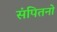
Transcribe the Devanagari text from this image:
संपितनो